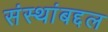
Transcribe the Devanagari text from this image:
संस्थांबद्दल